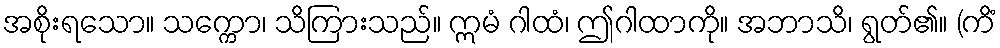
အစိုးရသော။ သက္ကော၊ သိကြားသည်။ ဣမံ ဂါထံ၊ ဤဂါထာကို။ အဘာသိ၊ ရွတ်၏။ (ကိံ